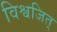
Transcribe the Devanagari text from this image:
विश्वजित्‌